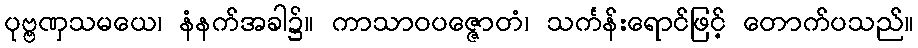
ပုဗ္ဗဏှသမယေ၊ နံနက်အခါ၌။ ကာသာဝပဇ္ဇောတံ၊ သင်္ကန်းရောင်ဖြင့် တောက်ပသည်။